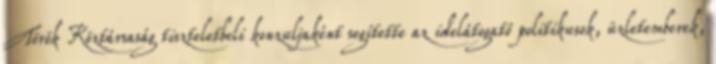
Török Köztársaság tiszteletbeli konzuljaként segítette az idelátogató politikusok, üzletemberek,